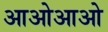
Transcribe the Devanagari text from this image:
आओआओ